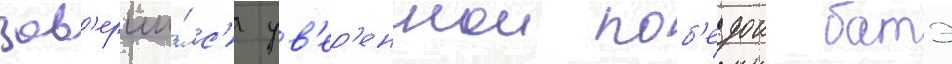
зав'ерши́лс'я ув'ер'еннои поб'едои батэ